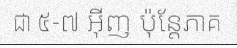
ជា ៥-៧ អ៊ីញ ប៉ុន្តែភាគ